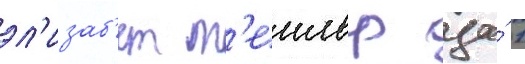
эл'изаб'ет т'еилор за́ 1